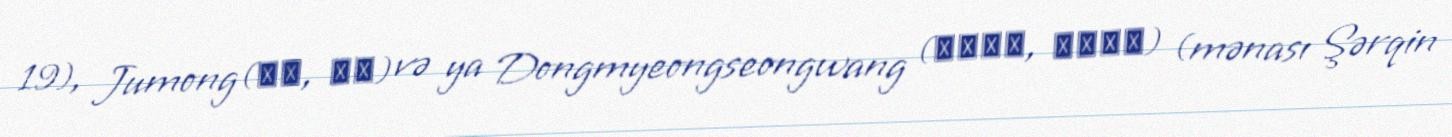
19), Jumong(주몽, 朱蒙) və ya Dongmyeongseongwang (동명성왕, 東明聖王) (mənası Şərqin